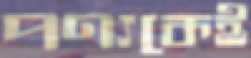
পণ্যকেই